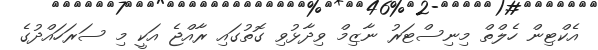
އެކްޓިން ހެލްތް މިނިސްޓަރު ނާޒިމް ވިދާޅުވި ގޮތުގައި ރާއްޖެ އަކީ މި ސަރަހައްދުގެ